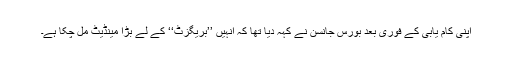
اپنی کام یابی کے فوری بعد بورس جانسن نے کہہ دیا تھا کہ انہیں ’’بریگزٹ‘‘ کے لے بڑا مینڈیٹ مل چکا ہے۔